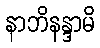
နာဘိနန္ဒာမိ